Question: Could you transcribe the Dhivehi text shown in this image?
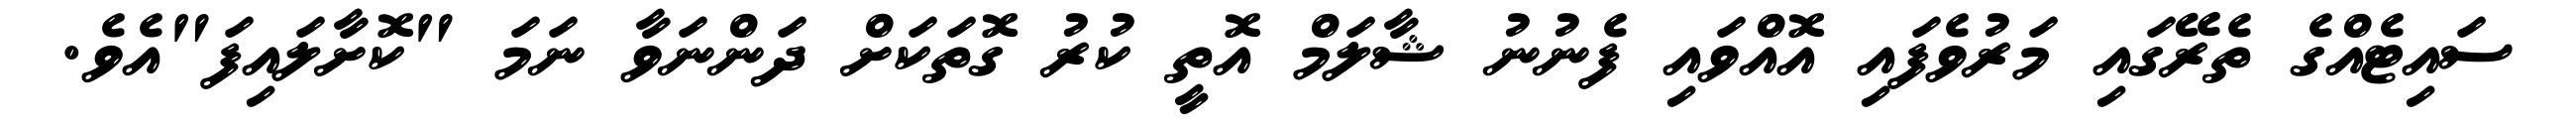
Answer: ސައިޓެއްގެ ތެރޭގައި މަރުވެފައި އޮއްވައި ފެނުނު ޝާލަމް އޮތީ ކުރު ގޮތަކަށް ދަންނަވާ ނަމަ "ކޮށާލައިފަ"އެވެ.